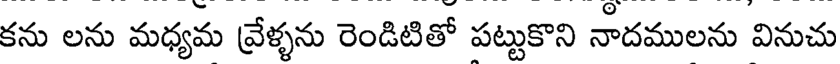
కను లను మధ్యమ వ్రేళ్ళను రెండిటితో పట్టుకొని నాదములను వినుచు